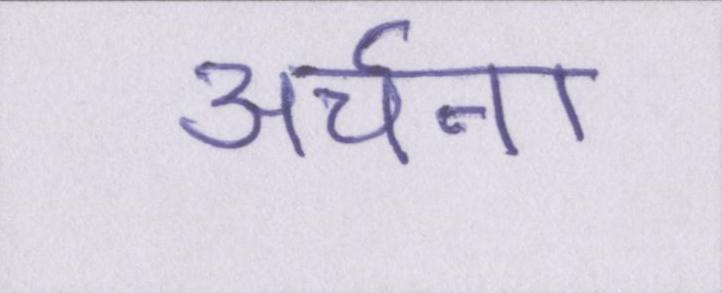
अर्चना